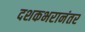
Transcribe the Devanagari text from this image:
दशकभरानंतर